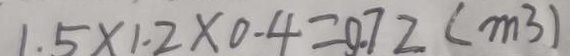
1 . 5 \times 1 . 2 \times 0 . 4 = 0 . 7 2 ( m ^ { 3 } )